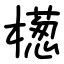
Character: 檧